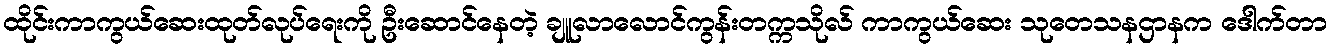
ထိုင်းကာကွယ်ဆေးထုတ်လုပ်ရေးကို ဦးဆောင်နေတဲ့ ချူလာလောင်ကွန်းတက္ကသိုလ် ကာကွယ်ဆေး သုတေသနဌာနက ဒေါက်တာ